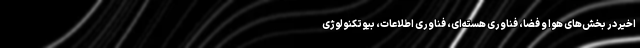
اخیر در بخش‌های هوا و فضا، فناوری هسته‌ای، فناوری اطلاعات، بیوتکنولوژی